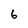
Character: 6